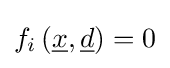
f_{i}\left({\underline {x}},{\underline {d}}\right)=0